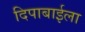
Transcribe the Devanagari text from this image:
दिपाबाईला